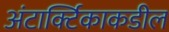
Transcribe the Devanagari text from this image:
अंटार्क्टिकाकडील